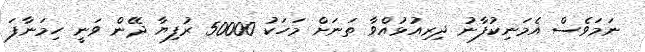
ނަމަވެސް އެމަނިކުފާނު ދިރިއުޅުއްވާ ތަނަށް މަހަކު 50000 ރުފިޔާ ދޭން ވަނީ ހިމަނާފަ